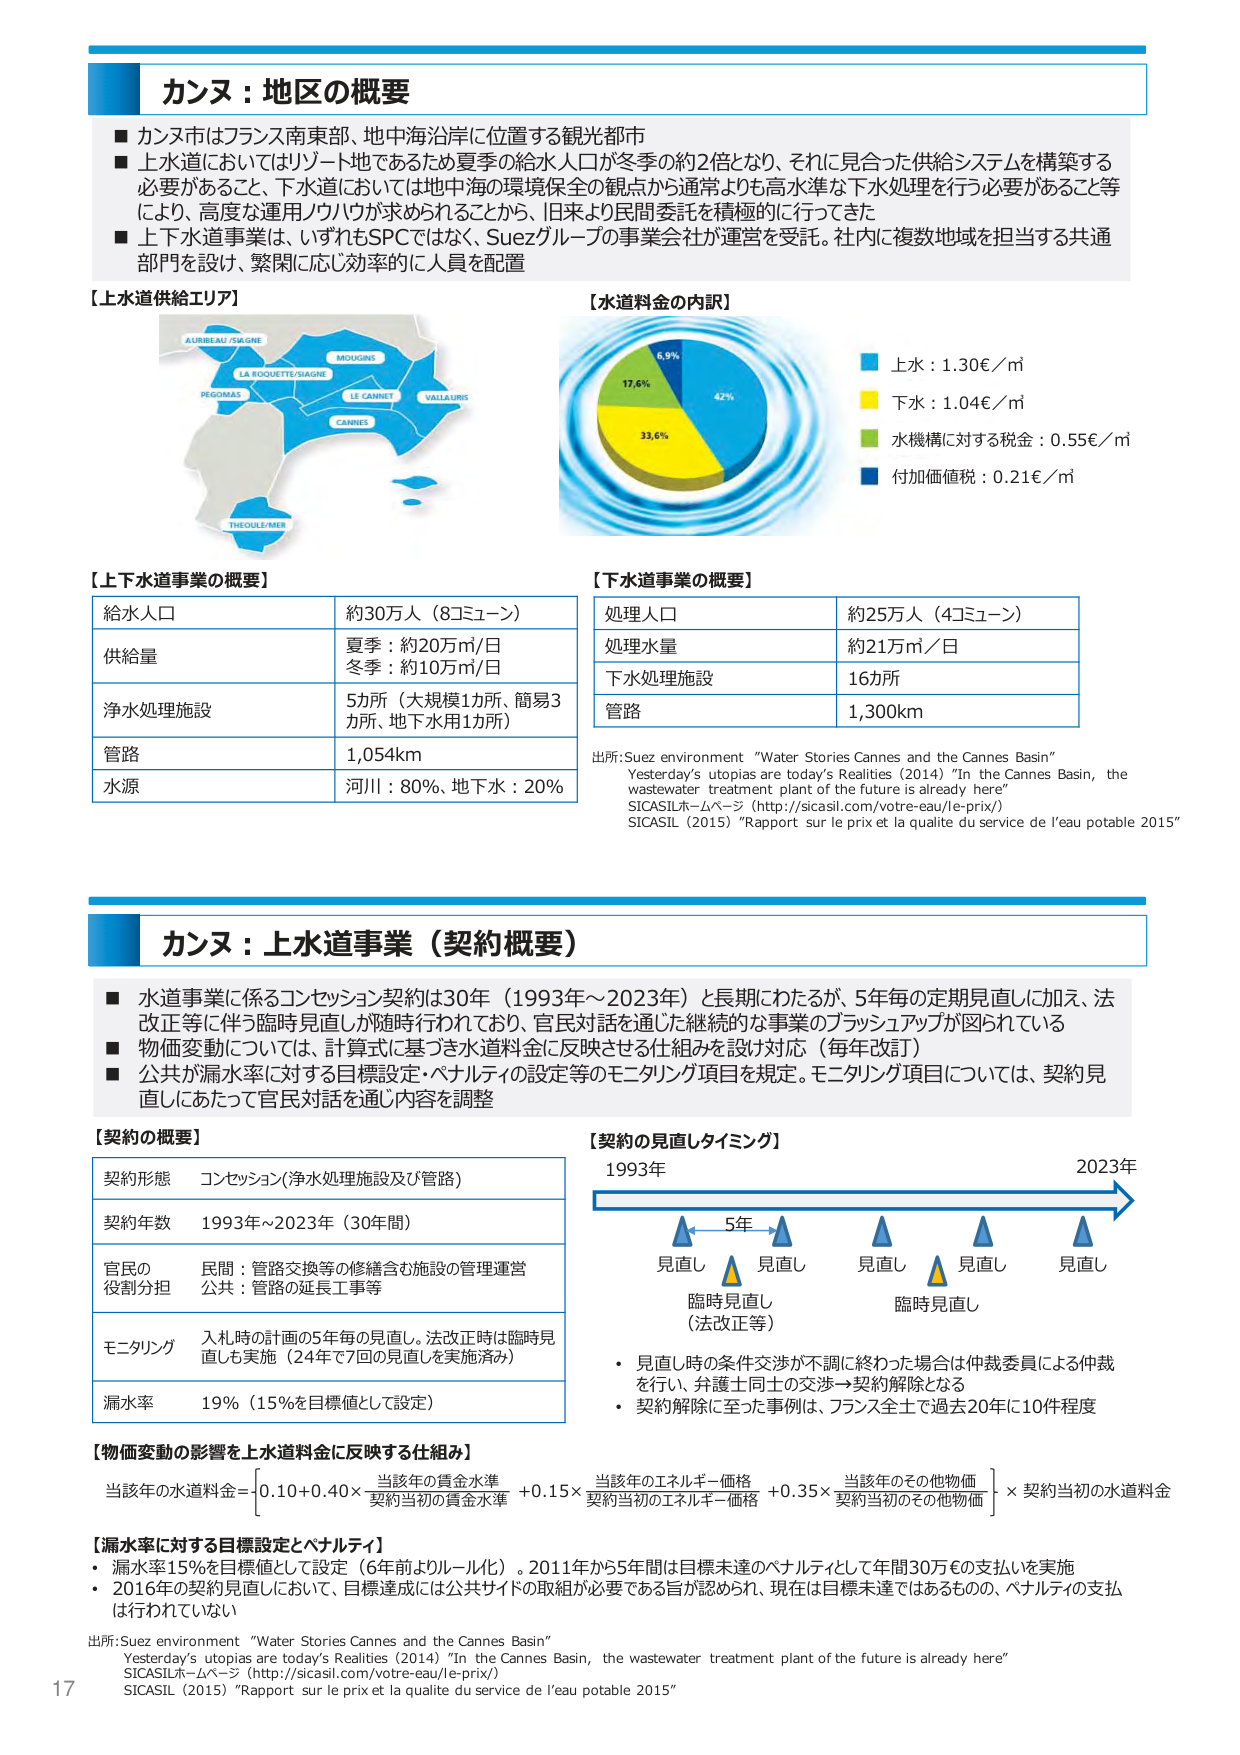
カンヌ：地区の概要

■ カンヌ市はフランス南東部、地中海沿岸に位置する観光都市
■ 上水道においてはリゾート地であるため夏季の給水人口が冬季の約2倍となり、それに見合った供給システムを構築する必要があること、下水道においては地中海の環境保全の観点から通常よりも高水準な下水処理を行う必要があること等により、高度な運用ノウハウが求められることから、旧来より民間委託を積極的に行ってきた
■ 上下水道事業は、いずれもSPCではなく、Suezグループの事業会社が運営を受託。社内に複数地域を担当する共通部門を設け、緊密に応じ効率的に人員を配置

【上水道供給エリア】
AURIBEAU/SAIGNE
MOUGINS
LA ROQUETTE/SAIGNE
PEGOMAS
LE CANNET
VAILLARUS
CANNES
THEOULE/MER

【水道料金の内訳】
42%
33.6%
17.6%
6.9%
■ 上水：1.30€／㎥
■ 下水：1.04€／㎥
■ 水機構に対する税金：0.55€／㎥
■ 付加価値税：0.21€／㎥

【上下水道事業の概要】
給水人口 約30万人（8コミューン）
供給量 夏季：約20万㎥/日
冬季：約10万㎥/日
浄水処理施設 5カ所（大規模1カ所、簡易3カ所、地下水用1カ所）
管路 1,054km
水源 河川：80%、地下水：20%

【下水道事業の概要】
処理人口 約25万人（4コミューン）
処理水量 約21万㎥／日
下水処理施設 16カ所
管路 1,300km

出所：Suez environment “Water Stories Cannes and the Cannes Basin”
Yesterday’s utopias are today’s Realities (2014) “In the Cannes Basin, the wastewater treatment plant of the future is already here”
SICASILホームページ（http://sicasil.com/votre-eau/le-prix/）
SICASIL（2015）“Rapport sur le prix et la qualité du service de l’eau potable 2015”

カンヌ：上水道事業（契約概要）

■ 水道事業に係るコンセッション契約は30年（1993年～2023年）と長期にわたるが、5年毎の定期見直しに加え、法改正等に伴う臨時見直しが随時行われており、官民対話を通じた継続的な事業のブラッシュアップが図られている
■ 物価変動については、計算式に基づき水道料金に反映させる仕組みを設け対応（毎年改訂）
■ 公共が漏水率に対する目標設定・ペナルティの設定等のモニタリング項目を規定。モニタリング項目については、契約見直しにあたって官民対話を通じ内容を調整

【契約の概要】
契約形態 コンセッション（浄水処理施設及び管路）
契約年数 1993年～2023年（30年間）
官民の役割分担 民間：管路交換等の修繕含む施設の管理運営
公共：管路の延長工事等
モニタリング 入札時の計画の5年毎の見直し。法改正時は臨時見直しも実施（24年で7回の見直しを実施済み）
漏水率 19%（15%を目標値として設定）

【契約の見直しタイミング】
1993年 → 2023年
5年
見直し 見直し 見直し 見直し 見直し
臨時見直し（法改正等） 臨時見直し
・ 見直し時の条件交渉が不調に終わった場合は仲裁委員による仲裁を行い、弁護士同士の交渉→契約解除となる
・ 契約解除に至った事例は、フランス全土で過去20年に10件程度

【物価変動の影響を上水道料金に反映する仕組み】
当該年の水道料金＝[0.10 + 0.40 × (当該年の賃金水準 / 契約当初の賃金水準) + 0.15 × (当該年のエネルギー価格 / 契約当初のエネルギー価格) + 0.35 × (当該年のその他物価 / 契約当初のその他物価)] × 契約当初の水道料金

【漏水率に対する目標設定とペナルティ】
・ 漏水率15%を目標値として設定（6年前よりルール化）。2011年から5年間は目標未達のペナルティとして年間30万€の支払いを実施
・ 2016年の契約見直しにおいて、目標達成には公共サイドの取組が必要である旨が認められ、現在は目標未達ではあるものの、ペナルティの支払は行われていない

出所：Suez environment “Water Stories Cannes and the Cannes Basin”
Yesterday’s utopias are today’s Realities (2014) “In the Cannes Basin, the wastewater treatment plant of the future is already here”
SICASILホームページ（http://sicasil.com/votre-eau/le-prix/）
SICASIL（2015）“Rapport sur le prix et la qualité du service de l’eau potable 2015”

17